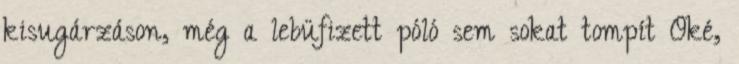
kisugárzáson, még a lebüfizett póló sem sokat tompít Oké,